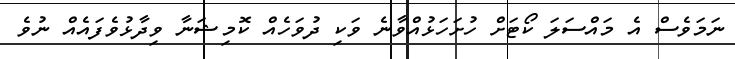
ނަމަވެސް އެ މައްސަލަ ކޯޓަށް ހުށަހަޅުއްވާނެ ވަކި ދުވަހެއް ކޮމިޝަނާ ވިދާޅުވެފައެއް ނުވެ